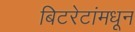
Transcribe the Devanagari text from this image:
बिटरेटांमधून